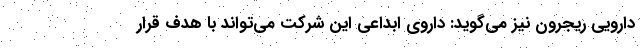
دارویی ریجرون نیز می‌گوید: داروی ابداعی این شرکت می‌تواند با هدف قرار